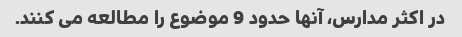
در اکثر مدارس، آنها حدود 9 موضوع را مطالعه می کنند.